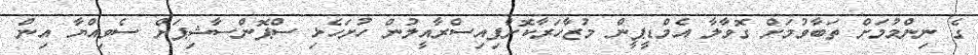
ގެ ނިންމުމަށް ތަބާވުމަށް ގޮވާލާ އެމްޑީޕީން މުޒާހަރާކޮށްފިއިސްރާއީލުން ހުށަހެޅި ސްޕޮންސާޝިޕަށް ސެވިއްޔާ އިން